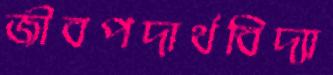
জীবপদার্থবিদ্যা